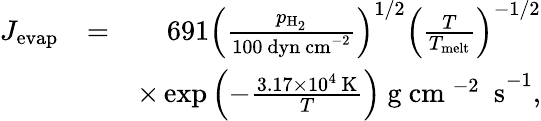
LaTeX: \begin{array}{rlr}{J_{\mathrm{evap}}}&{=}&{691\left(\frac{p_{\mathrm{H_{2}}}}{100~\mathrm{dyn~cm}^{-2}}\right)^{1/2}\left(\frac{T}{T_{\mathrm{melt}}}\right)^{-1/2}}\\ &{}&{\times\exp{\left(-\frac{3.17\times 10^{4}~\mathrm{K}}{T}\right)}~\mathrm{g~cm~^{-2}~~s}^{-1},}\end{array}